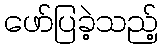
ဖော်ပြခဲ့သည့်